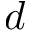
d